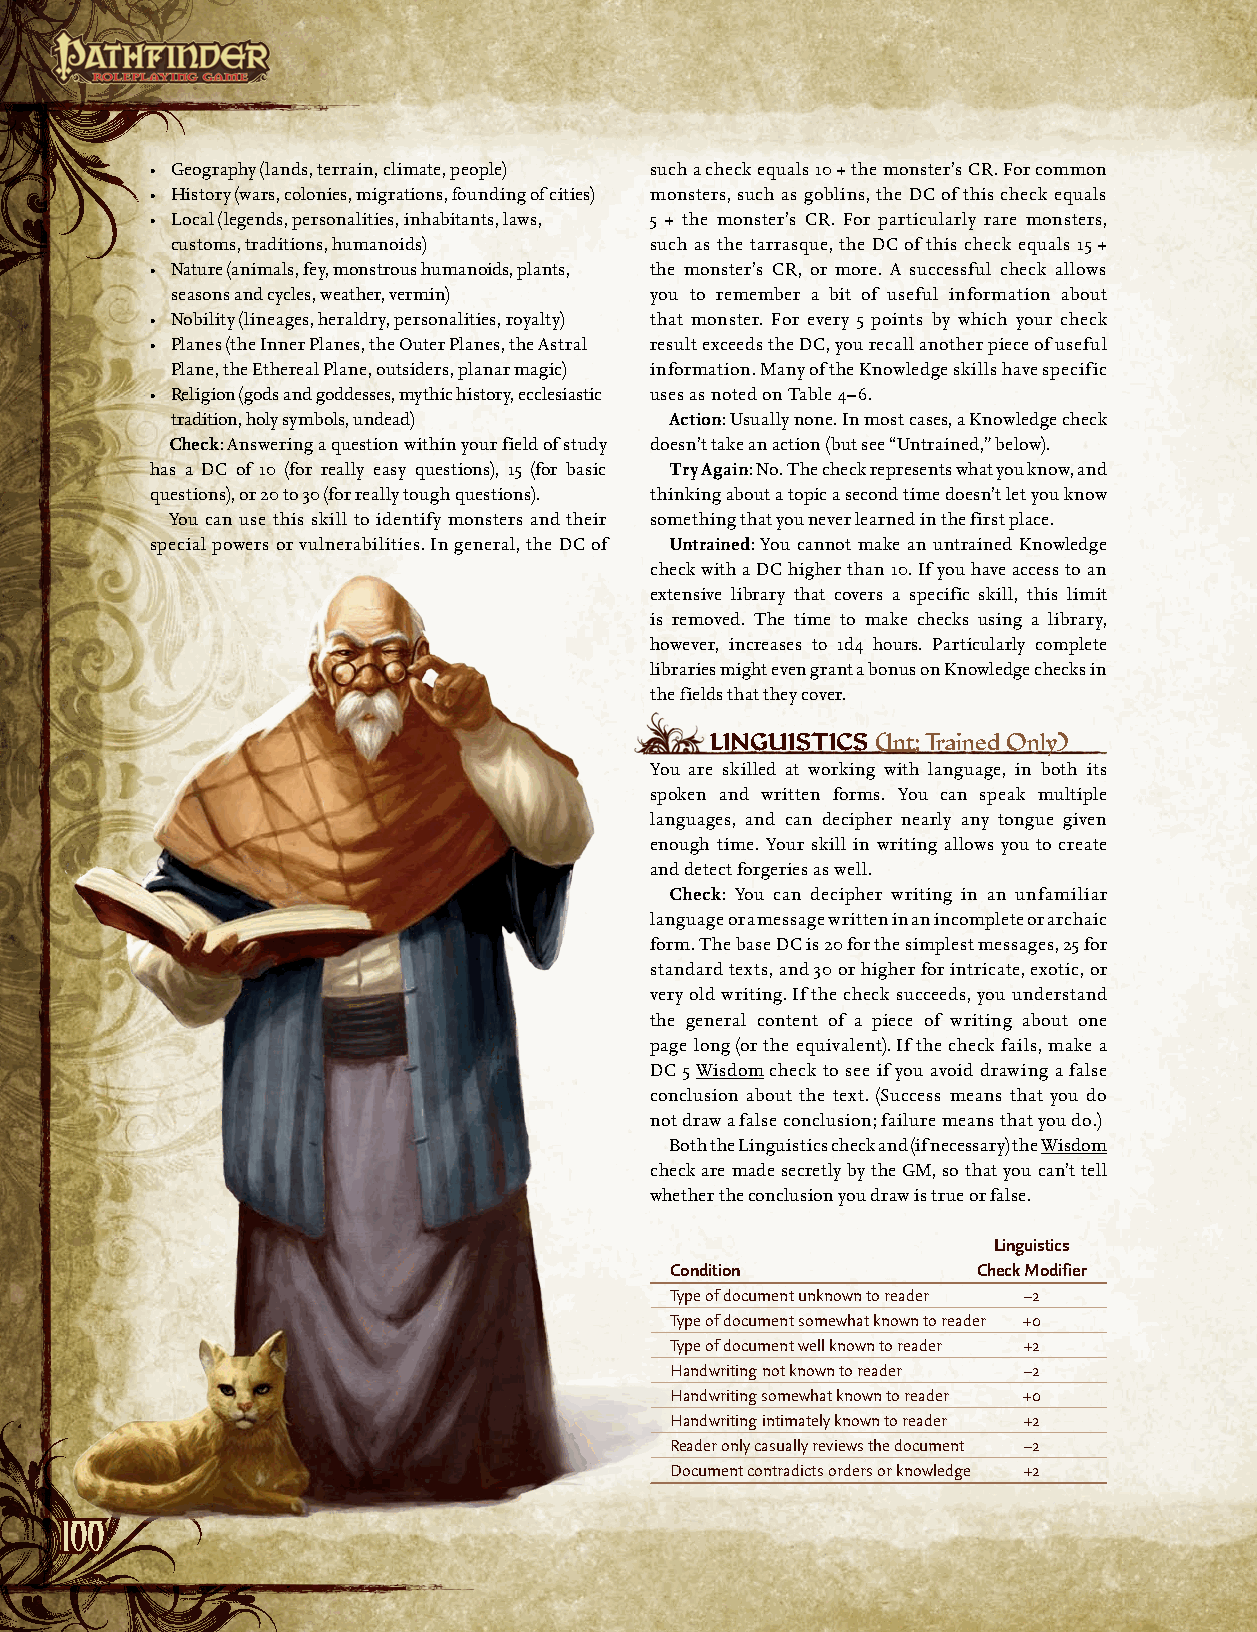
• Geography (lands, terrain, climate, people) such a check equals 10 + the monster’s CR. For common
 • History (wars, colonies, migrations, founding of cities) monsters, such as goblins, the DC of this check equals
 • Local (legends, personalities, inhabitants, laws, 5 + the monster’s CR. For particularly rare monsters,
 customs, traditions, humanoids) such as the tarrasque, the DC of this check equals 15 +
 • Nature (animals, fey, monstrous humanoids, plants, the monster’s CR, or more. A successful check allows
 seasons and cycles, weather, vermin) you to remember a bit of useful information about
 • Nobility (lineages, heraldry, personalities, royalty) that monster. For every 5 points by which your check
 • Planes (the Inner Planes, the Outer Planes, the Astral result exceeds the DC, you recall another piece of useful
 Plane, the Ethereal Plane, outsiders, planar magic) information. Many of the Knowledge skills have specific
 • Religion (gods and goddesses, mythic history, ecclesiastic uses as noted on Table 4–6.
 tradition, holy symbols, undead) Action: Usually none. In most cases, a Knowledge check
 Check: Answering a question within your field of study doesn’t take an action (but see “Untrained,” below).
 has a DC of 10 (for really easy questions), 15 (for basic Try Again: No. The check represents what you know, and
 questions), or 20 to 30 (for really tough questions). thinking about a topic a second time doesn’t let you know
 You can use this skill to identify monsters and their something that you never learned in the first place.
 special powers or vulnerabilities. In general, the DC of Untrained: You cannot make an untrained Knowledge
 check with a DC higher than 10. If you have access to an
 extensive library that covers a specific skill, this limit
 is removed. The time to make checks using a library,
 however, increases to 1d4 hours. Particularly complete
 libraries might even grant a bonus on Knowledge checks in
 the fields that they cover.
 LiNguistiCs (Int; Trained Only)
 You are skilled at working with language, in both its
 spoken and written forms. You can speak multiple
 languages, and can decipher nearly any tongue given
 enough time. Your skill in writing allows you to create
 and detect forgeries as well.
 Check: You can decipher writing in an unfamiliar
 language or a message written in an incomplete or archaic
 form. The base DC is 20 for the simplest messages, 25 for
 standard texts, and 30 or higher for intricate, exotic, or
 very old writing. If the check succeeds, you understand
 the general content of a piece of writing about one
 page long (or the equivalent). If the check fails, make a
 DC 5 Wisdom check to see if you avoid drawing a false
 conclusion about the text. (Success means that you do
 not draw a false conclusion; failure means that you do.)
 Both the Linguistics check and (if necessary) the Wisdom
 check are made secretly by the GM, so that you can’t tell
 whether the conclusion you draw is true or false.
 Linguistics
 Condition            Check Modifier
 Type of document unknown to reader –2
 Type of document somewhat known to reader +0
 Type of document well known to reader +2
 Handwriting not known to reader –2
 Handwriting somewhat known to reader +0
 Handwriting intimately known to reader +2
 Reader only casually reviews the document –2
 Document contradicts orders or knowledge +2
 110000